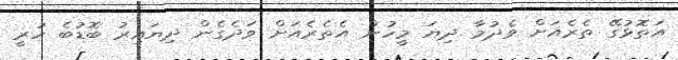
އަތޮޅުގޭ ތެރެއަށް ވެދުމާ ދިޔަ މީހުން އެތެރެއަށް ވަދެގެން ދިޔައިރު ބޮޑުބެ ހުރީ